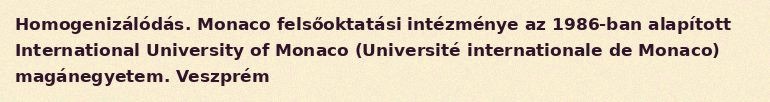
Homogenizálódás. Monaco felsőoktatási intézménye az 1986-ban alapított International University of Monaco (Université internationale de Monaco) magánegyetem. Veszprém